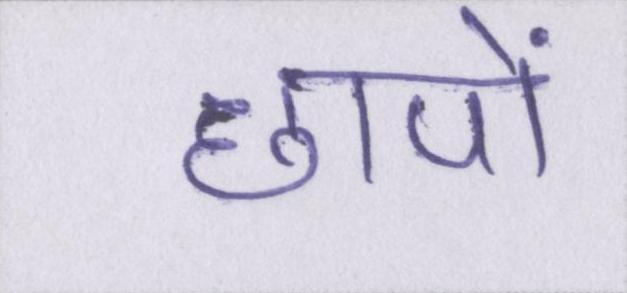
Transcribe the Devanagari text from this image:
छापों